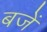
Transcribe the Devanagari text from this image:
बजें